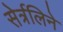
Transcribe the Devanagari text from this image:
सेर्त्रलिने